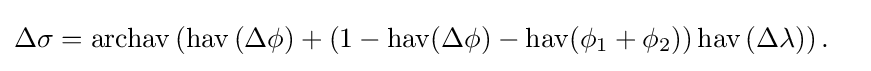
{\begin{aligned}\Delta \sigma &=\operatorname {archav} \left(\operatorname {hav} \left(\Delta \phi \right)+\left(1-\operatorname {hav} (\Delta \phi )-\operatorname {hav} (\phi _{1}+\phi _{2})\right)\operatorname {hav} \left(\Delta \lambda \right)\right).\end{aligned}}